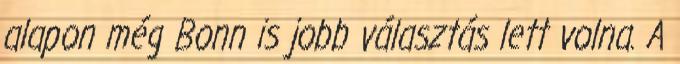
alapon még Bonn is jobb választás lett volna. A